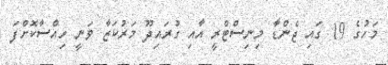
މަހުގެ 19 ގައި ޖެންޑާ މިނިސްޓްރީ އާއި ގުރައިދޫ މަރުކަޒާ ވަނީ ހިއްސާކޮށްފަ